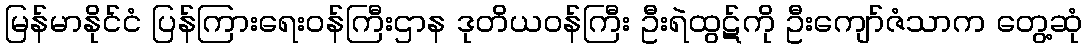
မြန်မာနိုင်ငံ ပြန်ကြားရေးဝန်ကြီးဌာန ဒုတိယဝန်ကြီး ဦးရဲထွဋ်ကို ဦးကျော်ဇံသာက တွေ့ဆုံ